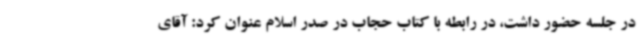
در جلسه حضور داشت، در رابطه با کتاب حجاب در صدر اسلام عنوان کرد: آقای